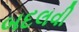
બદલવી